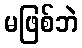
မဖြစ်ဘဲ